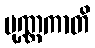
ပုဏ္ဏကာတိ